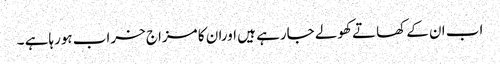
اب ان کے کھاتے کھولے جارہے ہیں اوران کا مزاج خراب ہورہاہے ۔